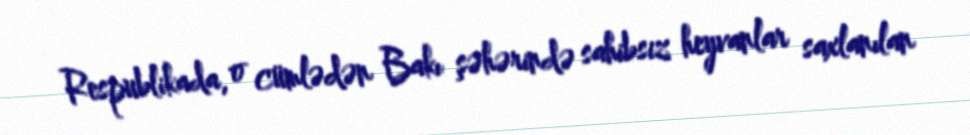
Respublikada, o cümlədən Bakı şəhərində sahibsiz heyvanlar saxlanılan